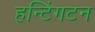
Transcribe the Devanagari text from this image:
हन्टिंगटन